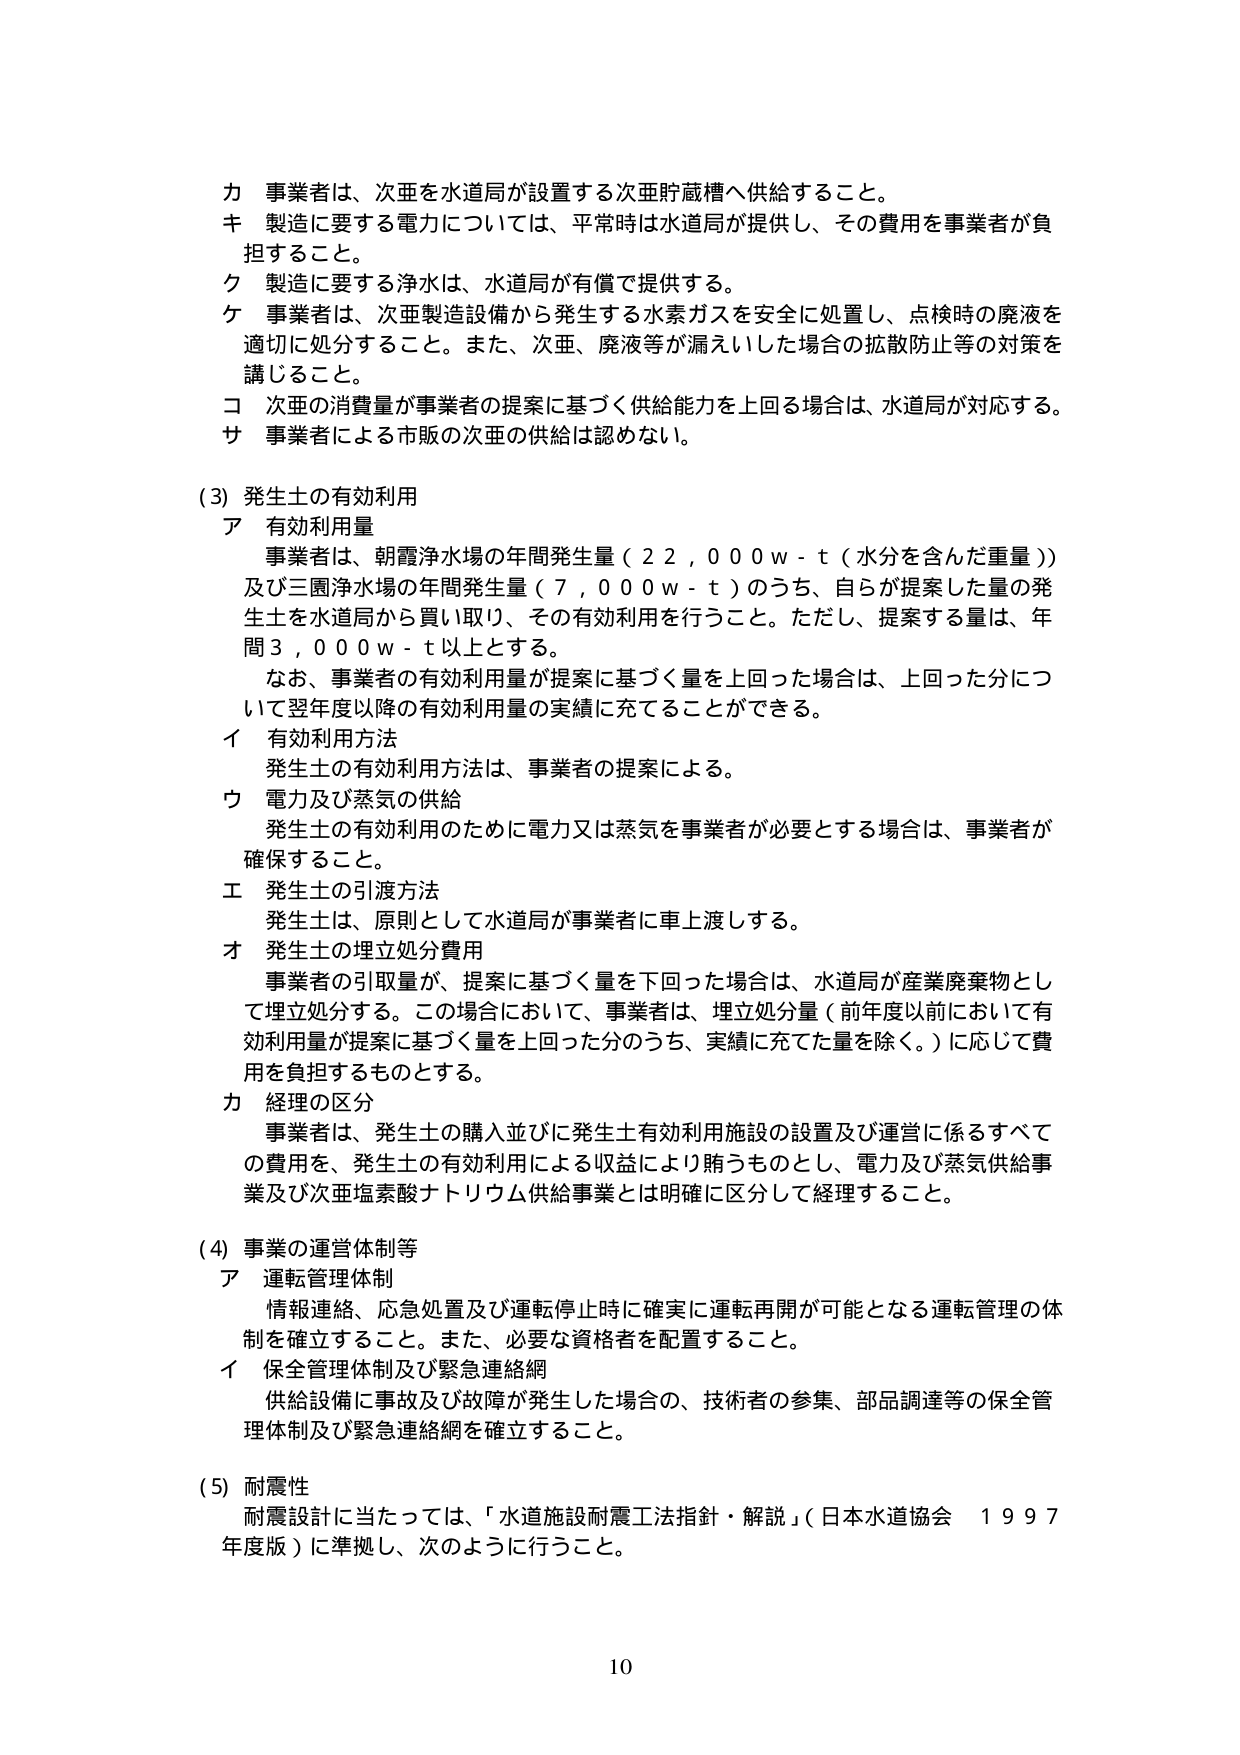
カ 事業者は、次亜を水道局が設置する次亜貯蔵槽へ供給すること。
キ 製造に要する電力については、平常時は水道局が提供し、その費用を事業者が負担すること。
ク 製造に要する浄水は、水道局が有償で提供する。
ケ 事業者は、次亜製造設備から発生する水素ガスを安全に処置し、点検時の廃液を適切に処分すること。また、次亜、廃液等が漏えいした場合の拡散防止等の対策を講じること。
コ 次亜の消費量が事業者の提案に基づく供給能力を上回る場合は、水道局が対応する。
サ 事業者による市販の次亜の供給は認めない。

(3) 発生土の有効利用
ア 有効利用量
事業者は、朝霞浄水場の年間発生量（22,000 w-t（水分を含んだ重量））及び三園浄水場の年間発生量（7,000 w-t）のうち、自らが提案した量の発生土を水道局から買い取り、その有効利用を行うこと。ただし、提案する量は、年間3,000 w-t以上とする。
なお、事業者の有効利用量が提案に基づく量を上回った場合は、上回った分について翌年度以降の有効利用量の実績に充てることができる。
イ 有効利用方法
発生土の有効利用方法は、事業者の提案による。
ウ 電力及び蒸気の供給
発生土の有効利用のために電力又は蒸気を事業者が必要とする場合は、事業者が確保すること。
エ 発生土の引渡方法
発生土は、原則として水道局が事業者に車上渡しする。
オ 発生土の埋立処分費用
事業者の引取量が、提案に基づく量を下回った場合は、水道局が産業廃棄物として埋立処分する。この場合において、事業者は、埋立処分量（前年度以前において有効利用量が提案に基づく量を上回った分のうち、実績に充てた量を除く。）に応じて費用を負担するものとする。
カ 経理の区分
事業者は、発生土の購入並びに発生土有効利用施設の設置及び運営に係るすべての費用を、発生土の有効利用による収益により賄うものとし、電力及び蒸気供給事業及び次亜塩素酸ナトリウム供給事業とは明確に区分して経理すること。

(4) 事業の運営体制等
ア 運転管理体制
情報連絡、応急処置及び運転停止時に確実に運転再開が可能となる運転管理の体制を確立すること。また、必要な資格者を配置すること。
イ 保全管理体制及び緊急連絡網
供給設備に事故及び故障が発生した場合の、技術者の参集、部品調達等の保全管理体制及び緊急連絡網を確立すること。

(5) 耐震性
耐震設計に当たっては、「水道施設耐震工法指針・解説」（日本水道協会 1997年度版）に準拠し、次のように行うこと。

10